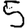
Digit: 5